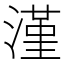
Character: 漌